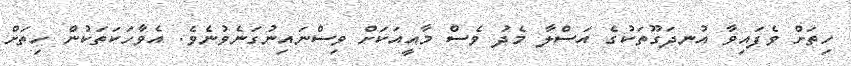
ހިތަށް ވެފައިވާ އުނދަގޫތަކުގެ އަސްލާ މެދު ވެސް މާއީއަކަށް ވިސްނައިނުގަނެވުނެވެ. އެވާހަކަތަކުން ހިތަށް